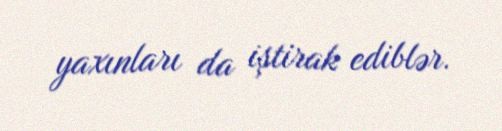
yaxınları da iştirak ediblər.